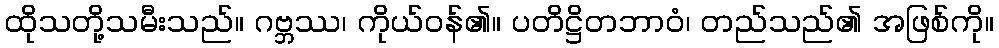
ထိုသတို့သမီးသည်။ ဂဗ္ဘဿ၊ ကိုယ်ဝန်၏။ ပတိဋ္ဌိတဘာဝံ၊ တည်သည်၏ အဖြစ်ကို။